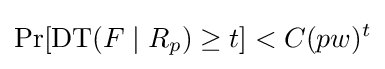
\Pr[\operatorname {DT} (F\mid R_{p})\geq t]<C(pw)^{t}